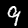
Label: 9